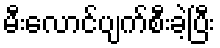
မီးလောင်ပျက်စီးခဲ့ပြီး